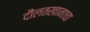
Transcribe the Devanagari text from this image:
दौलतखानाचा